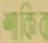
শাকিব